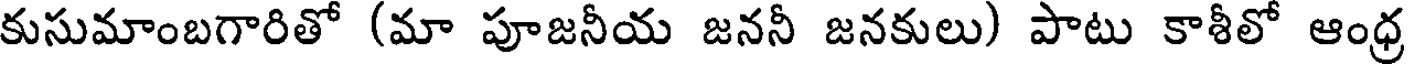
కుసుమాంబగారితో (మా పూజనీయ జననీ జనకులు) పాటు కాశీలో ఆంధ్ర